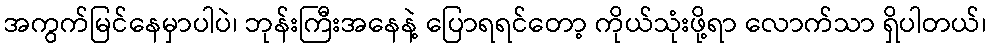
အကွက်မြင်နေမှာပါပဲ၊ ဘုန်းကြီးအနေနဲ့ ပြောရရင်တော့ ကိုယ်သုံးဖို့ရာ လောက်သာ ရှိပါတယ်၊